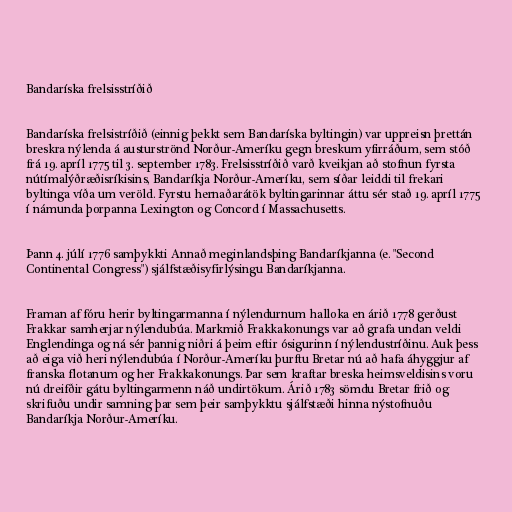
Bandaríska frelsisstríðið

Bandaríska frelsistríðið (einnig þekkt sem Bandaríska byltingin) var uppreisn þrettán
breskra nýlenda á austurströnd Norður-Ameríku gegn breskum yfirráðum, sem stóð
frá 19. apríl 1775 til 3. september 1783. Frelsisstríðið varð kveikjan að stofnun fyrsta
nútímalýðræðisríkisins, Bandaríkja Norður-Ameríku, sem síðar leiddi til frekari
byltinga víða um veröld. Fyrstu hernaðarátök byltingarinnar áttu sér stað 19. apríl 1775
í námunda þorpanna Lexington og Concord í Massachusetts.

Þann 4. júlí 1776 samþykkti Annað meginlandsþing Bandaríkjanna (e. "Second
Continental Congress") sjálfstæðisyfirlýsingu Bandaríkjanna.

Framan af fóru herir byltingarmanna í nýlendurnum halloka en árið 1778 gerðust
Frakkar samherjar nýlendubúa. Markmið Frakkakonungs var að grafa undan veldi
Englendinga og ná sér þannig niðri á þeim eftir ósigurinn í nýlendustríðinu. Auk þess
að eiga við heri nýlendubúa í Norður-Ameríku þurftu Bretar nú að hafa áhyggjur af
franska flotanum og her Frakkakonungs. Þar sem kraftar breska heimsveldisins voru
nú dreifðir gátu byltingarmenn náð undirtökum. Árið 1783 sömdu Bretar frið og
skrifuðu undir samning þar sem þeir samþykktu sjálfstæði hinna nýstofnuðu
Bandaríkja Norður-Ameríku.